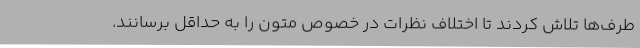
طرف‌ها تلاش کردند تا اختلاف نظرات در خصوص متون را به حداقل برسانند.